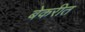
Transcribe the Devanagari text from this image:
बेकरीत